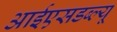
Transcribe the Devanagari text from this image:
आईएसडब्ल्यू